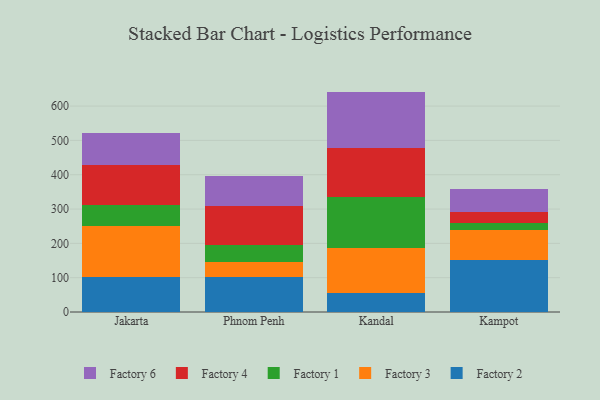
{"axis": {"x": "City", "y": "Energy Usage (MWh)"}, "legend": ["Factory 1", "Factory 2", "Factory 3", "Factory 4", "Factory 6"], "data": [{"x": "Jakarta", "y": 102.5, "type": "Factory 2"}, {"x": "Jakarta", "y": 149.3, "type": "Factory 3"}, {"x": "Jakarta", "y": 60.2, "type": "Factory 1"}, {"x": "Jakarta", "y": 116.3, "type": "Factory 4"}, {"x": "Jakarta", "y": 92.4, "type": "Factory 6"}, {"x": "Phnom Penh", "y": 101.8, "type": "Factory 2"}, {"x": "Phnom Penh", "y": 45.0, "type": "Factory 3"}, {"x": "Phnom Penh", "y": 49.6, "type": "Factory 1"}, {"x": "Phnom Penh", "y": 111.1, "type": "Factory 4"}, {"x": "Phnom Penh", "y": 87.6, "type": "Factory 6"}, {"x": "Kandal", "y": 56.3, "type": "Factory 2"}, {"x": "Kandal", "y": 131.4, "type": "Factory 3"}, {"x": "Kandal", "y": 147.2, "type": "Factory 1"}, {"x": "Kandal", "y": 142.1, "type": "Factory 4"}, {"x": "Kandal", "y": 165.2, "type": "Factory 6"}, {"x": "Kampot", "y": 152.4, "type": "Factory 2"}, {"x": "Kampot", "y": 87.3, "type": "Factory 3"}, {"x": "Kampot", "y": 19.4, "type": "Factory 1"}, {"x": "Kampot", "y": 33.1, "type": "Factory 4"}, {"x": "Kampot", "y": 66.0, "type": "Factory 6"}]}